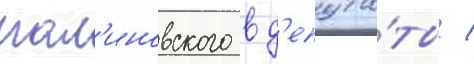
мал'иновского в д'епута́ты /